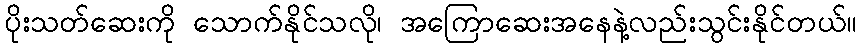
ပိုးသတ်ဆေးကို သောက်နိုင်သလို၊ အကြောဆေးအနေနဲ့လည်းသွင်းနိုင်တယ်။